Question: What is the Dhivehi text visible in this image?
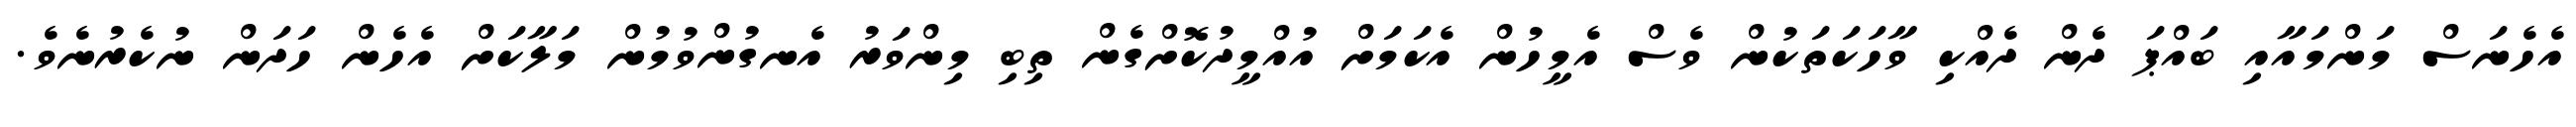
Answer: އެހެނަސް މަންމައާއި ބައްޕަ ދެން ދެއްކި ވާހަކަތަކުން ވެސް އެމީހުން އެކަމަށް އުއްމީދުކޮށްގެން ތިބި މިންވަރު އެނގުންވުމުން މަލާކަށް އެހެން ހަދަން ނުކެރުނެވެ.